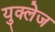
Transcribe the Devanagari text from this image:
युक्लेज